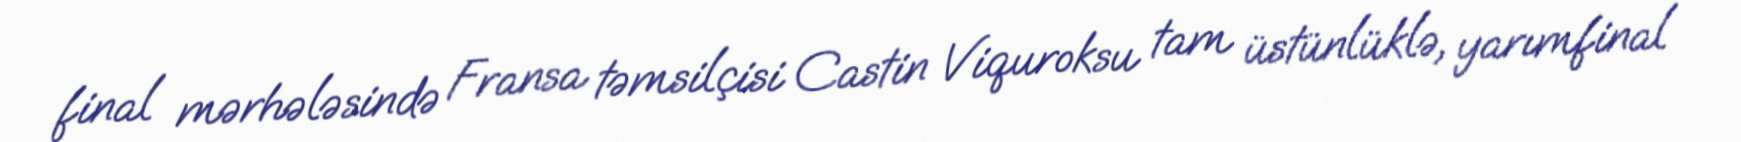
final mərhələsində Fransa təmsilçisi Castin Viquroksu tam üstünlüklə, yarımfinal